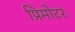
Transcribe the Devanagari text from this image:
प्रिमोटर